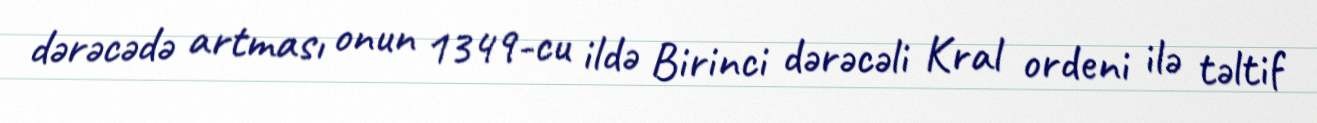
dərəcədə artması onun 1349-cu ildə Birinci dərəcəli Kral ordeni ilə təltif